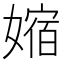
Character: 㜚